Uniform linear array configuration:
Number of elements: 4
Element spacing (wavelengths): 0.75
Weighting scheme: exponential
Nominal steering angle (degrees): -60
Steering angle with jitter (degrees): -59.161
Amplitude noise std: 0.05
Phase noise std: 0.05

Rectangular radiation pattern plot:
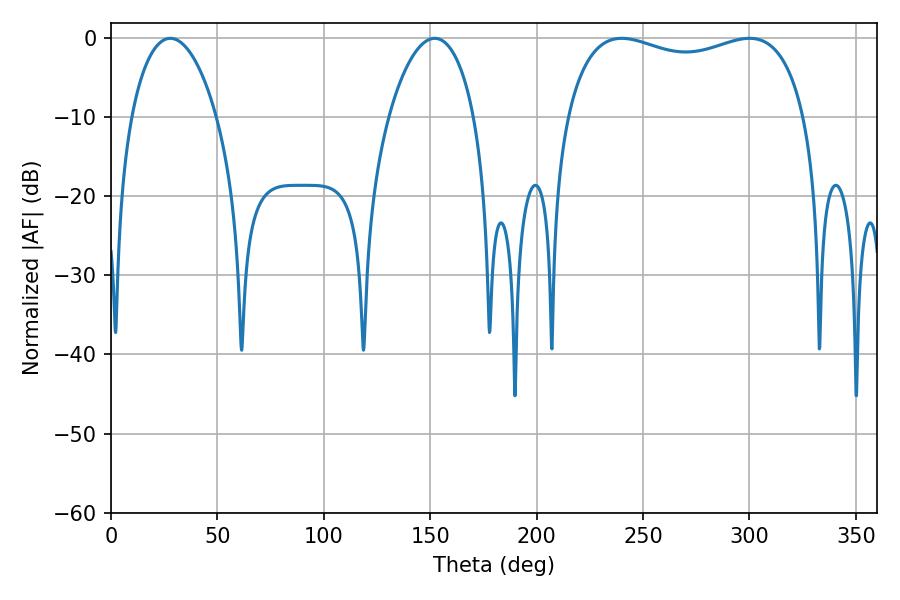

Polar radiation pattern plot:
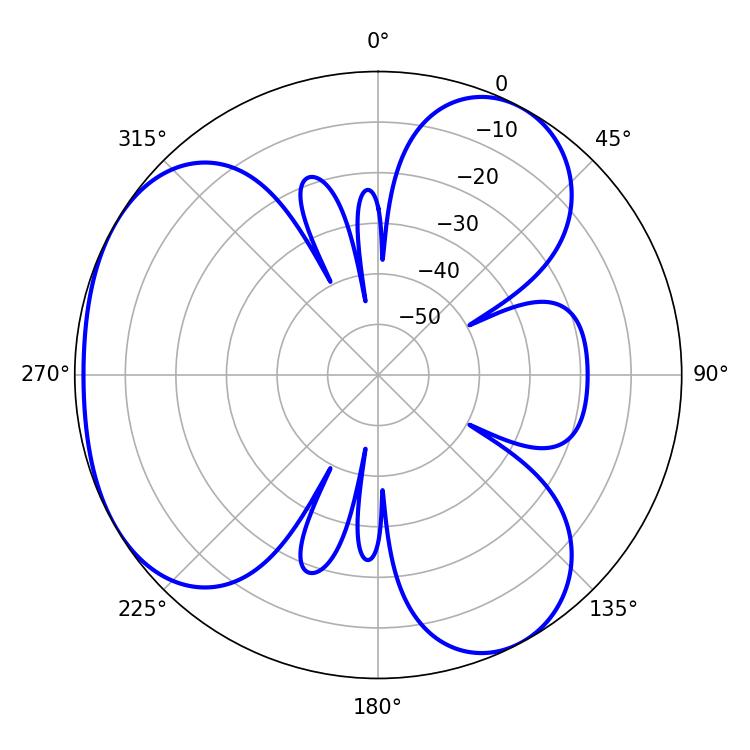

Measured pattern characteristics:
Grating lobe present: TRUE
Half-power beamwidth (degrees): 92.16
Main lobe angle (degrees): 300.06